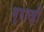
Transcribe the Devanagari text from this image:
ग्राज़ी